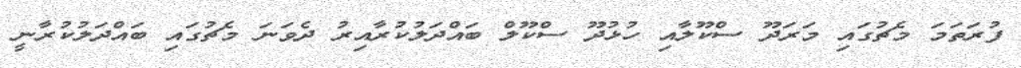
ފުރަތަމަ މެޗުގައި މަރަދޫ ސްކޫލާއި ހުޅުދޫ ސްކޫލް ބައްދަލުކުރާއިރު ދެވަނަ މެޗުގައި ބައްދަލުކުރާނީ